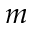
m